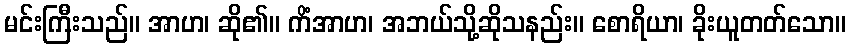
မင်းကြီးသည်။ အာဟ၊ ဆို၏။ ကိံအာဟ၊ အဘယ်သို့ဆိုသနည်း။ စောရိယာ၊ ခိုးယူတတ်သော။